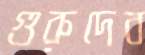
গুরুদেব